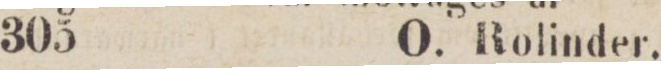
M. Rolinder,